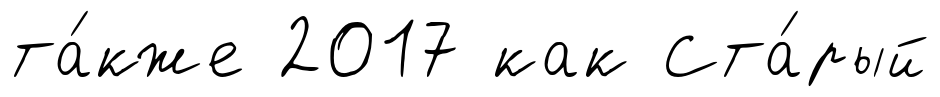
та́кже 2017 как Ста́рый